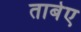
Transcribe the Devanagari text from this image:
ताबेए